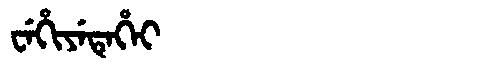
Manchu: ᠸᡝᡥᡳᠶᡝᡨᡝᡥᡝᡳ
Romanization: WEHIYETEHEI